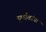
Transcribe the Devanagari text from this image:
पूर्णांकांचा